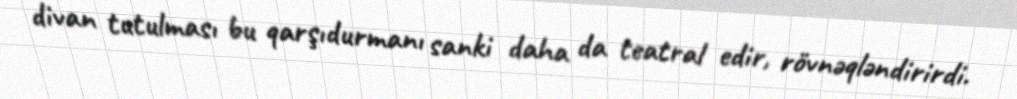
divan tutulması bu qarşıdurmanı sanki daha da teatral edir, rövnəqləndirirdi.